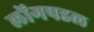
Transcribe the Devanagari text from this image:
लोंगपडल